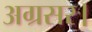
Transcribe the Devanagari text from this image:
अग्रसर।